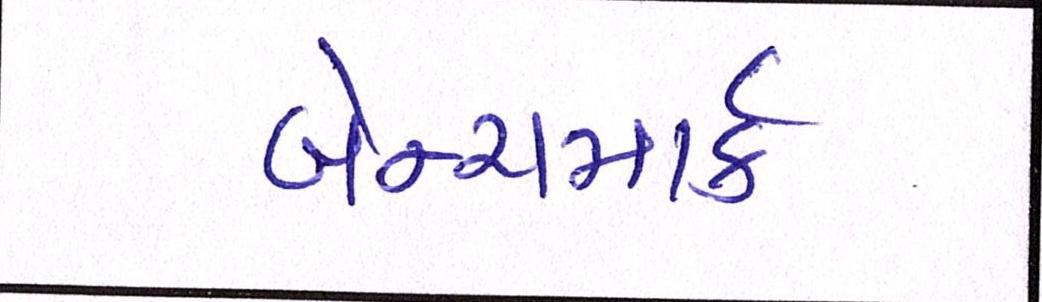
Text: બેન્ચમાર્ક